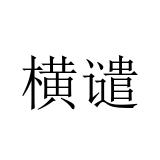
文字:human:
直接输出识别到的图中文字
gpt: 横谴